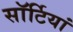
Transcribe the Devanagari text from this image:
साॅर्टियां